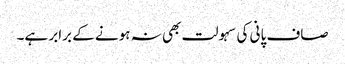
صاف پانی کی سہولت بھی نہ ہونے کے برابر ہے۔